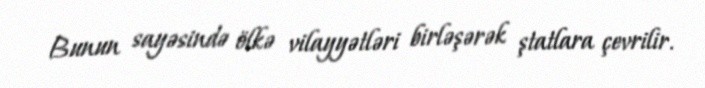
Bunun sayəsində ölkə vilayyətləri birləşərək ştatlara çevrilir.